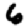
Digit: 6